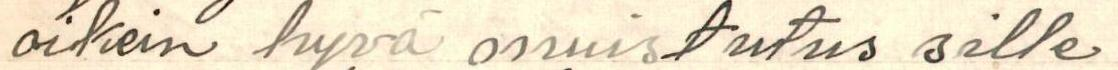
oikein hyvä onnistutus sille